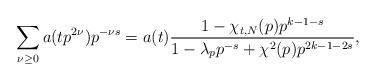
LaTeX: \begin{align*}\sum_{\nu\ge0}a(tp^{2\nu})p^{-\nu s}=a(t)\frac{1-\chi_{t,N}(p)p^{k-1-s}}{1-\lambda_p p^{-s}+\chi^2(p)p^{2k-1-2s}},\end{align*}